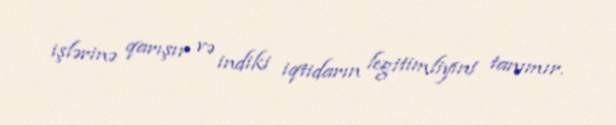
işlərinə qarışır və indiki iqtidarın legitimliyini tanımır.